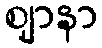
ဈာနာ